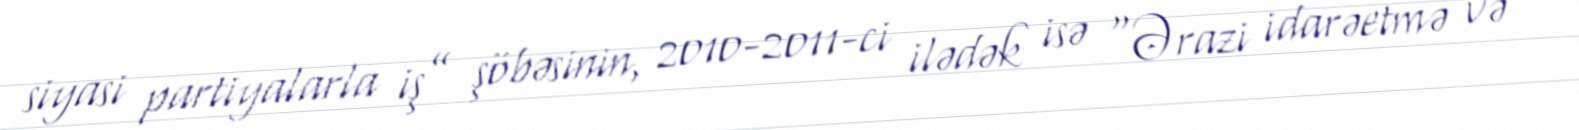
siyasi partiyalarla iş” şöbəsinin, 2010-2011-ci ilədək isə “Ərazi idarəetmə və